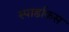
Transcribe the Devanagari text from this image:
स्पार्डाकस